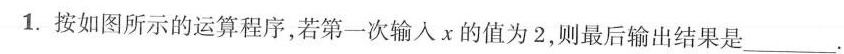
1.按如图所示的运算程序，若第一次输入x的值为2，则最后输出结果是___.